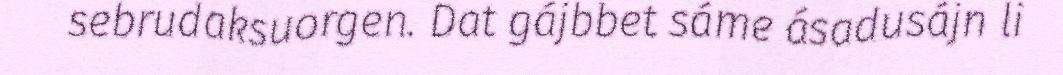
sebrudaksuorgen. Dat gájbbet sáme ásadusájn li